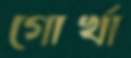
গোর্খা